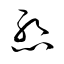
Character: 慙